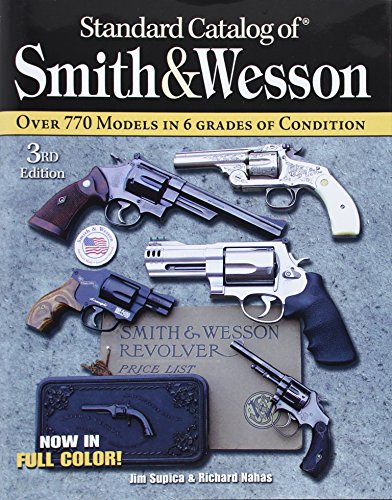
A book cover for Standard Catalog of Smith & Wesson; Jim Supica; Crafts, Hobbies & Home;